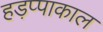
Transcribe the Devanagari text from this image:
हड़प्पाकाल